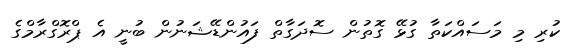
ކުރި މި މަސައްކަތާ ގުޅޭ ގޮތުން ސޮދަގާތް ފައުންޑޭޝަނުން ބުނީ އެ ޕްރޮގްރާމްގެ